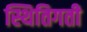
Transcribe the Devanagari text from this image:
स्थितिगती